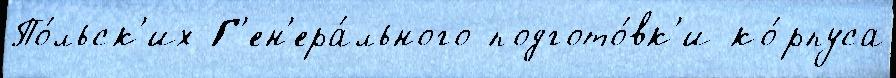
По́льск'их Г'ен'ера́льного подгото́вк'и ко́рпуса